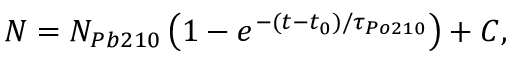
\begin{array} { r } { N = N _ { P b 2 1 0 } \left( 1 - e ^ { - ( t - t _ { 0 } ) / \tau _ { P o 2 1 0 } } \right) + C , } \end{array}